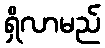
ရှိလာမည်